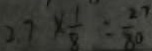
2 . 7 \times \frac { 1 } { 8 } : \frac { 2 7 } { 8 0 }